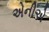
એનીએ